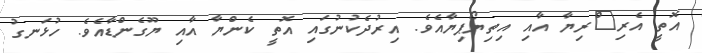
އޮތީ އެރި^ްރިޔާ އާއި އިތިޔޯޕިޔާއެވެ. އިރުދެކުނުގައި އޮތީ ކެންޔާ އާއި ޔޫގެންޑާއެވެ. ހުޅަނގު